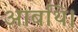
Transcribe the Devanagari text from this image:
आबथि।